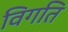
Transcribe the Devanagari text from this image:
विगति